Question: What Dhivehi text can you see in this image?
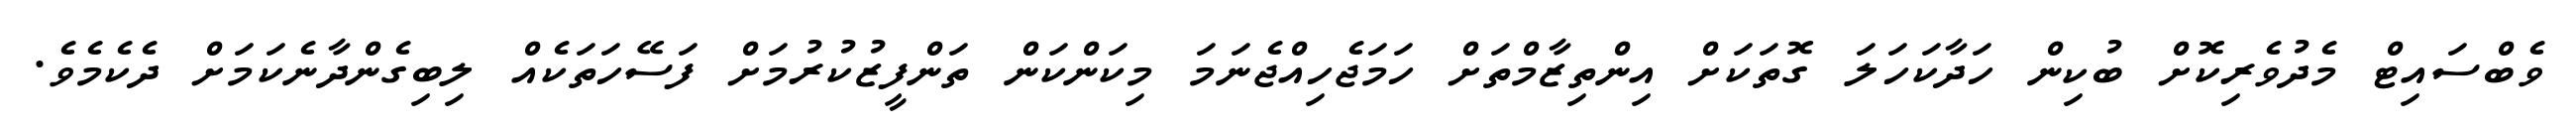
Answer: ވެބްސައިޓް މެދުވެރިކޮށް ބުކިން ހަދާކަހަލަ ގޮތަކަށް އިންތިޒާމްތަށް ހަމަޖެހިއްޖެނަމަ މިކަންކަން ތަންފީޒުކުރުމަށް ފަސޭހަތަކެއް ލިބިގެންދާނެކަމަށް ދެކެމެވެ.